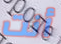
أنت